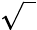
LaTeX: \sqrt{{~^{~}}^{~}\! \! }